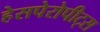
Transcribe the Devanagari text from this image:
हेसपेरोपीट्स